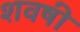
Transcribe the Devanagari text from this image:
शवषी